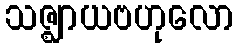
သဇ္ဈာယဗဟုလော